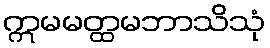
ဣမမတ္ထမဘာသိသုံ